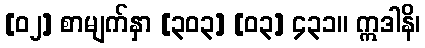
[၀၂] စာမျက်နှာ [၃၀၃] [၀၃] ၄၃၁။ ဣဒါနိ၊